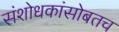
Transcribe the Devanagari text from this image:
संशोधकांसोबतच